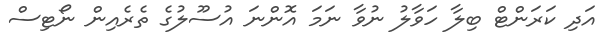
އަދި ކަރަންޓް ބިލާ ހަވާލު ނުވާ ނަމަ އޮންނަ އުސޫލުގެ ތެރެއިން ނޯޓިސް